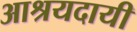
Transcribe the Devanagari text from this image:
आश्रयदायी